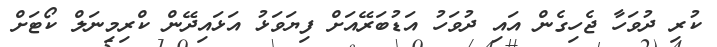
ކުރި ދުވަހާ ޖެހިގެން އައި ދުވަހު އަޑުބަރޭއަށް ފިޔަވަޅު އަޅައިދޭން ކްރިމިނަލް ކޯޓަށް